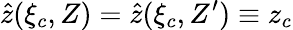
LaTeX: \hat{z}(\xi_{c},Z)=\hat{z}(\xi_{c},Z^{\prime})\equiv z_{c}